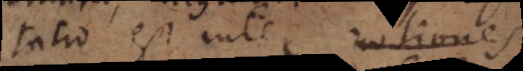
tatio est inter rationes